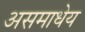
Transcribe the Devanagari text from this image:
असमाधेय